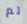
تم